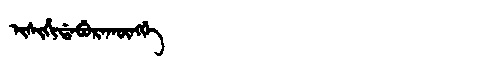
Manchu: ᡳᠰᡳᡥᡳᡩᠠᠪᡠᡵᠠᡴᡡᠩᡤᡝ
Romanization: ISIHIDABURAKŪNGGE